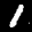
Label: 1